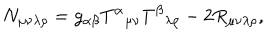
N _ { \mu \nu \lambda \rho } = g _ { \alpha \beta } { T ^ { \alpha } } _ { \mu \nu } { T ^ { \beta } } _ { \lambda \rho } - 2 R _ { \mu \nu \lambda \rho } ,